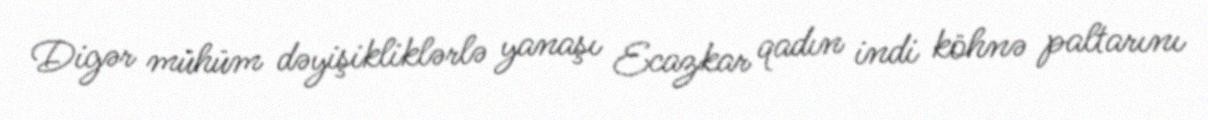
Digər mühüm dəyişikliklərlə yanaşı Ecazkar qadın indi köhnə paltarını